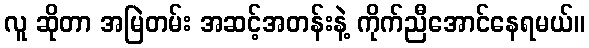
လူ ဆိုတာ အမြဲတမ်း အဆင့်အတန်းနဲ့ ကိုက်ညီအောင်နေရမယ်။